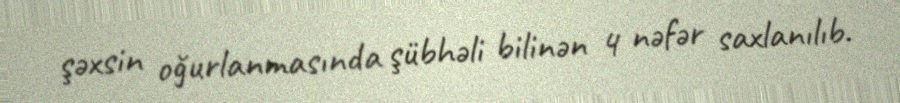
şəxsin oğurlanmasında şübhəli bilinən 4 nəfər saxlanılıb.